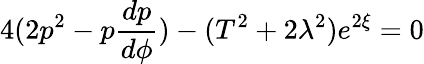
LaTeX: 4(2p^{2}-p\frac{dp}{d\phi})-(T^{2}+2\lambda^{2})e^{2\xi}=0